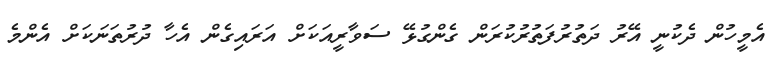
އެމީހުން ދެކުނީ އޭރު ދަތުރުފަތުރުކުރަން ގެންގުޅޭ ސަވާރީއަކަށް އަރައިގެން އެހާ ދުރުތަނަކަށް އެންމެ